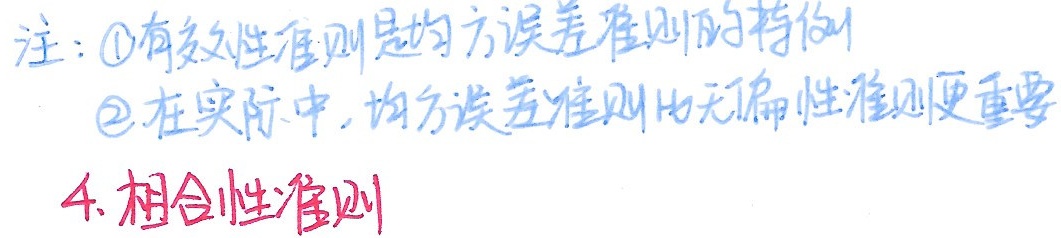
注：\textcircled{1}有效性准则是均方误差准则的特例
\textcircled{2}在实际中,均方误差准则比无偏性准则更重要
4. 相合性准则